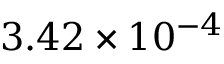
3 . 4 2 \times 1 0 ^ { - 4 }